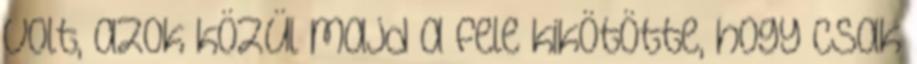
volt, azok közül majd a fele kikötötte, hogy csak